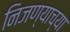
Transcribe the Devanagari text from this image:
निजण्याच्या